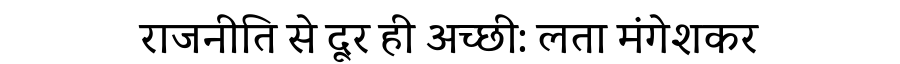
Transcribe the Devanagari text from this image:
राजनीति से दूर ही अच्छी: लता मंगेशकर